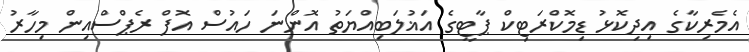
އެމެރިކާގެ އިދިކޮޅު ޑިމޮކްރަޓިކް ޕާޓީގެ އަޣުލަބިއްޔަތު އޮންނަ ހައުސް އޮފް ރެޕްސްއިން މިހާރު